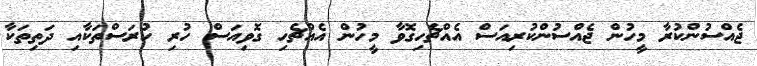
ޖެއްސުންކުރާ މީހުން ޖެއްސުންކުރިއަސް އެއްޗެހިގޮވާ މީހުން އެއްޗެހި ގޮވިއަސް ހުރި ހުރަސްތަކާއި ދަތިތަކާ